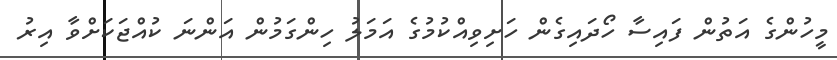
މީހުންގެ އަތުން ފައިސާ ހޯދައިގެން ހަށިވިއްކުމުގެ އަމަލު ހިންގަމުން އަންނަ ކުއްޖަކަށްވާ އިރު